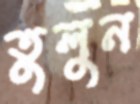
তুলুন